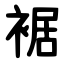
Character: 裾